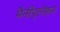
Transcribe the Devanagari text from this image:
मैनीपुलेशन